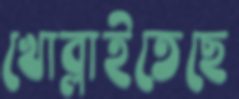
খোব্‌লাইতেছে